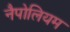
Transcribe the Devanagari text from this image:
नैपोलियम